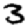
Digit: 3